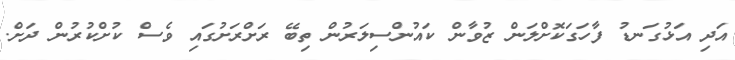
އަދި އަޅުގަނޑު ފާހަގަކޮށްލަން ޒުވާން ކައުންސިލަރުން ތިބޭ ރަށްރަށުގައި ވެސް ކުށްކުރުން ދަށް.